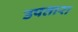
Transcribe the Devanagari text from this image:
उपतारा